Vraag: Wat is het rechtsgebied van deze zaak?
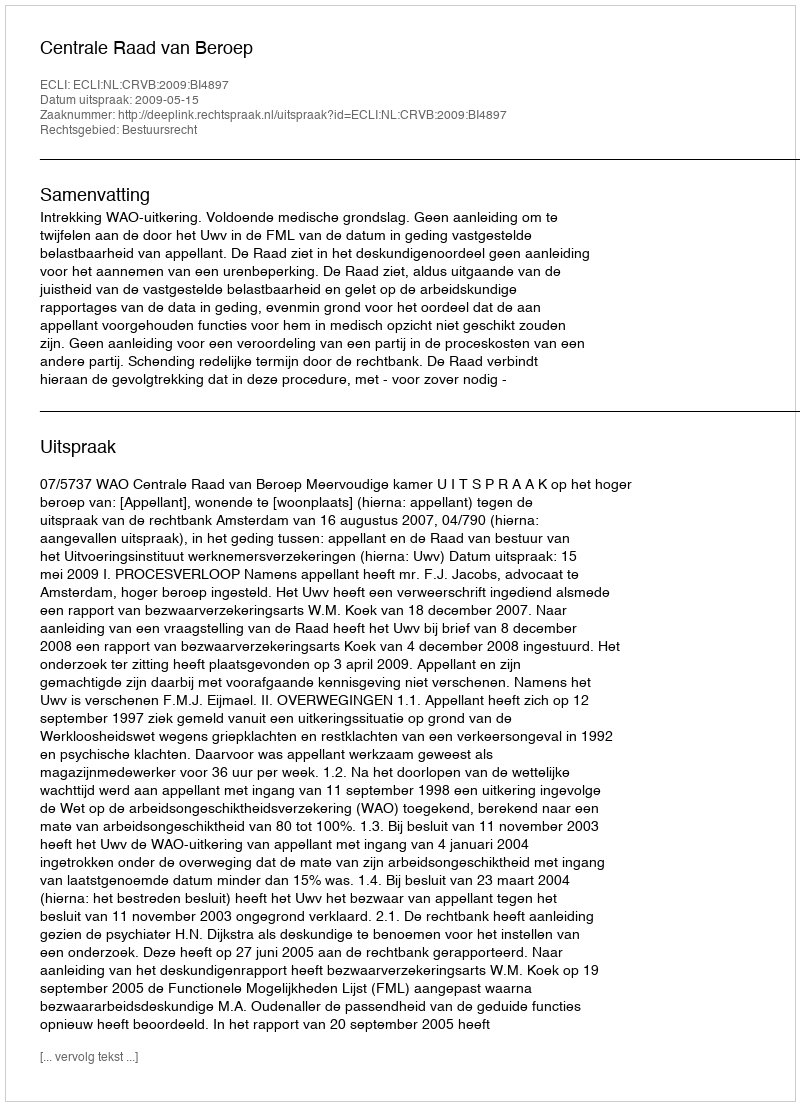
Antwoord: Bestuursrecht